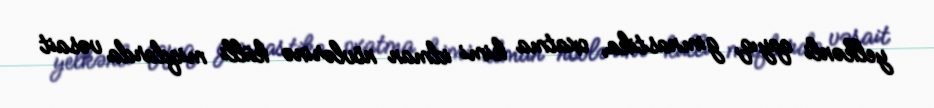
yelkənli qayıq, gimnastika, oxatma kimi idman növlərinə külli miqdarda vəsait